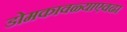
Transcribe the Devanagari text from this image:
डोमकावळ्याएवढा